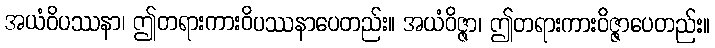
အယံဝိပဿနာ၊ ဤတရားကားဝိပဿနာပေတည်း။ အယံဝိဇ္ဇာ၊ ဤတရားကားဝိဇ္ဇာပေတည်း။